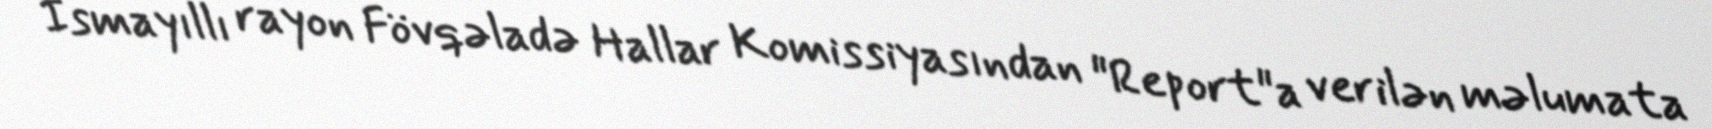
İsmayıllı rayon Fövqəladə Hallar Komissiyasından "Report"a verilən məlumata